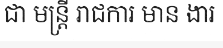
ជា មន្ត្រី រាជការ មាន ងារ